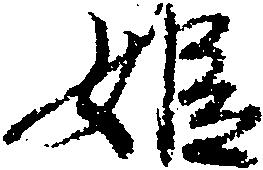
姫